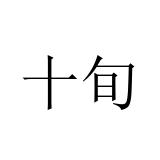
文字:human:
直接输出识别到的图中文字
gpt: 十旬